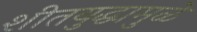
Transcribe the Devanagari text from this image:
शीतयुद्धामुळे